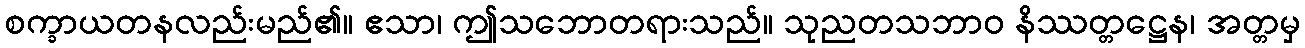
စက္ခာယတနလည်းမည်၏။ ဧသာ၊ ဤသဘောတရားသည်။ သုညတသဘာဝ နိဿတ္တဋ္ဌေန၊ အတ္တမှ